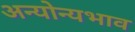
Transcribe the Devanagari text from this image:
अन्योन्यभाव